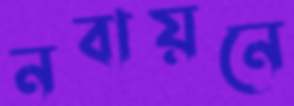
নবায়নে